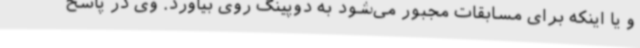
و یا اینکه برای مسابقات مجبور می‌شود به دوپینگ روی بیاورد. وی در پاسخ